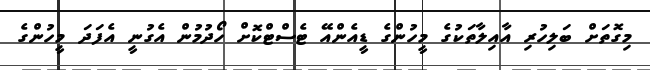
މިގޮތަށް ބަލިހުރި އާއިލާތަކުގެ މީހުންގެ ޑީއެންއޭ ޓެސްޓްކޮށް ހޯދުމުން އެގުނީ އެފަދަ މީހުންގެ